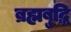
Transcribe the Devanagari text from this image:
ब्रह्मबुद्धि